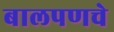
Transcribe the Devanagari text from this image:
बालपणचे